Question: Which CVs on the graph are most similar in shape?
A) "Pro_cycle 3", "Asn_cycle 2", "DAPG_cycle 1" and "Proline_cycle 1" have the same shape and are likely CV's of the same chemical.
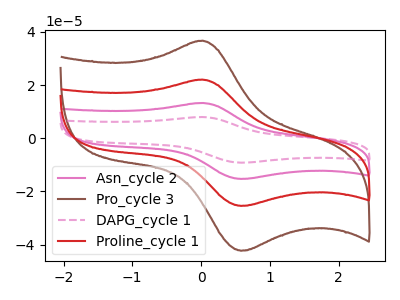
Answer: <think>The pink curve "Asn_cycle 2" has an anodic peak at (0.00V, 44.10uA) and a cathodic peak at (0.60V, -50.85uA). The brown curve "Pro_cycle 3" has an anodic peak at (0.00V, 36.65uA) and a cathodic peak at (0.60V, -42.30uA). The pink dashed curve "DAPG_cycle 1" has an anodic peak at (0.00V, 66.15uA) and a cathodic peak at (0.60V, -76.25uA). The red curve "Proline_cycle 1" has an anodic peak at (0.00V, 22.05uA) and a cathodic peak at (0.60V, -25.40uA).
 All the peaks in "Asn_cycle 2" have a peak in "Pro_cycle 3" at the same potential. Every peak in "Asn_cycle 2" is higher than every peak in "Pro_cycle 3". All the peaks in "Asn_cycle 2" have a peak in "DAPG_cycle 1" at the same potential. Every peak in "Asn_cycle 2" is lower than every peak in "DAPG_cycle 1". All the peaks in "Asn_cycle 2" have a peak in "Proline_cycle 1" at the same potential. Every peak in "Asn_cycle 2" is higher than every peak in "Proline_cycle 1". All the peaks in "Pro_cycle 3" have a peak in "DAPG_cycle 1" at the same potential. Every peak in "Pro_cycle 3" is lower than every peak in "DAPG_cycle 1". All the peaks in "Pro_cycle 3" have a peak in "Proline_cycle 1" at the same potential. Every peak in "Pro_cycle 3" is higher than every peak in "Proline_cycle 1". All the peaks in "DAPG_cycle 1" have a peak in "Proline_cycle 1" at the same potential. Every peak in "DAPG_cycle 1" is higher than every peak in "Proline_cycle 1".</think>
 <answer>A) "Pro_cycle 3", "Asn_cycle 2", "DAPG_cycle 1" and "Proline_cycle 1" have the same shape and are likely CV's of the same chemical.</answer>
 <eval>A</eval>